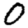
Digit: 0